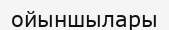
ойыншылары